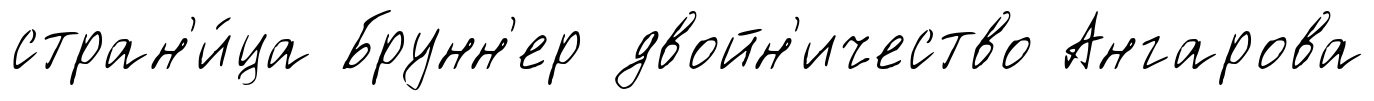
стран'и́ца Брунн'ер двойн'ичество Ангарова